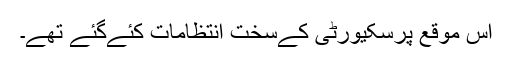
اس موقع پرسکیورٹی کےسخت انتظامات کئےگئے تھے۔